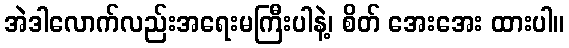
အဲဒါလောက်လည်းအရေးမကြီးပါနဲ့၊ စိတ် အေးအေး ထားပါ။